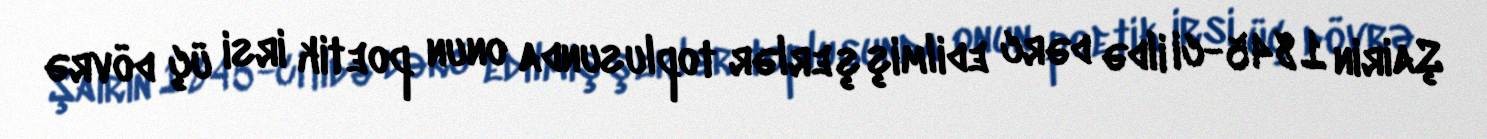
Şairin 1845-ci ildə dərc edilmiş şerlər toplusunda onun poetik irsi üç dövrə